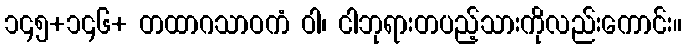
၁၄၅+၁၄၆+ တထာဂသာဝကံ ဝါ၊ ငါဘုရားတပည့်သားကိုလည်းကောင်း။